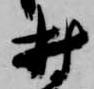
村